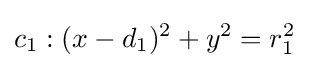
c_{1}:(x-d_{1})^{2}+y^{2}=r_{1}^{2}